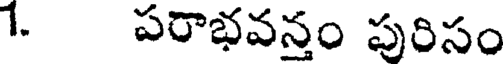
1. పరాభవన్తం పురిసం